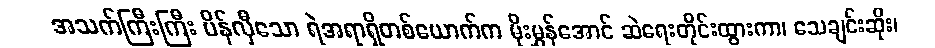
အသက်ကြီးကြီး ပိန်လှီသော ရဲအရာရှိတစ်ယောက်က မိုးမွှန်အောင် ဆဲရေးတိုင်းထွားကာ၊ သေချင်းဆိုး၊